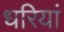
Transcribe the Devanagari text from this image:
धरियां